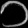
Digit: ၁